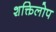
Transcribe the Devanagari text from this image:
शक्तिलोप